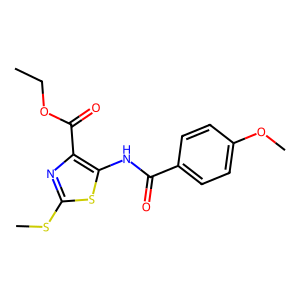
SMILES: CCOC(=O)c1nc(SC)sc1NC(=O)c1ccc(OC)cc1
Inhibits HIV replication: Yes